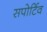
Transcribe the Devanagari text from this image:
सपोर्टिव